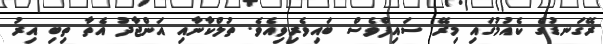
ރޭގަނޑުގެ ކެއުމުގައި މިރޭ ސައިފްވެސް ބައިވެރިވިއެވެ. ތުލްކާނާއި އަންޖާދު އެތާ ތިބި އިރު